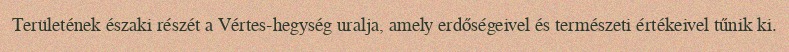
Területének északi részét a Vértes-hegység uralja, amely erdőségeivel és természeti értékeivel tűnik ki.